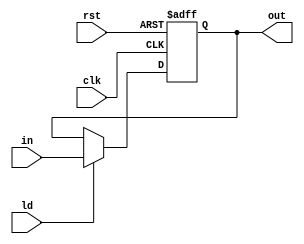
module reg_12bit
(
    input clk,
    input rst,
    input ld,
    input[11:0] in,
    output reg[11:0] out
);
    always@ (posedge clk or posedge rst)
        begin
            if(rst)
	     	    out = 0;
            else if(ld)
                out = in;
            else
                out = out;
        end
endmodule